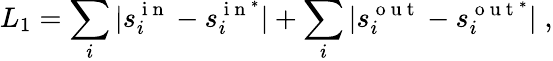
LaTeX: L_{1}=\sum_{i}|s_{i}^{\mathrm{~i~n~}}-s_{i}^{\mathrm{~i~n~}^{*}}|+\sum_{i}|s_{i}^{\mathrm{~o~u~t~}}-s_{i}^{\mathrm{~o~u~t~}^{*}}|\; ,